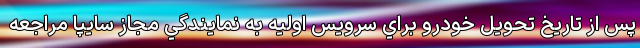
پس از تاريخ تحويل خودرو براي سرويس اوليه به نمايندگي مجاز سايپا مراجعه